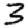
Digit: 3